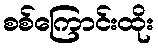
စစ်ကြောင်းထိုး